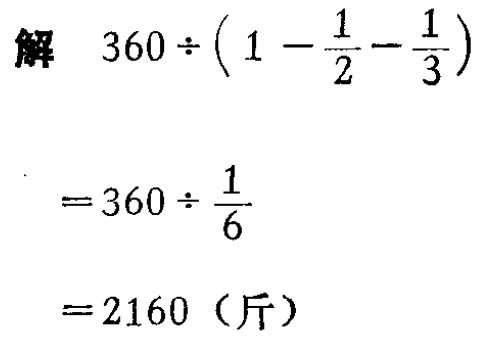
解

\[

\begin{align*}

&360\div\left(1 - \frac{1}{2}-\frac{1}{3}\right)\\

=&360\div\frac{1}{6}\\

=&2160 \text{（斤）}

\end{align*}

\]